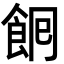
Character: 𮨺